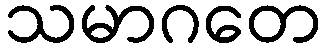
သမာဂတေ